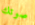
صوتك